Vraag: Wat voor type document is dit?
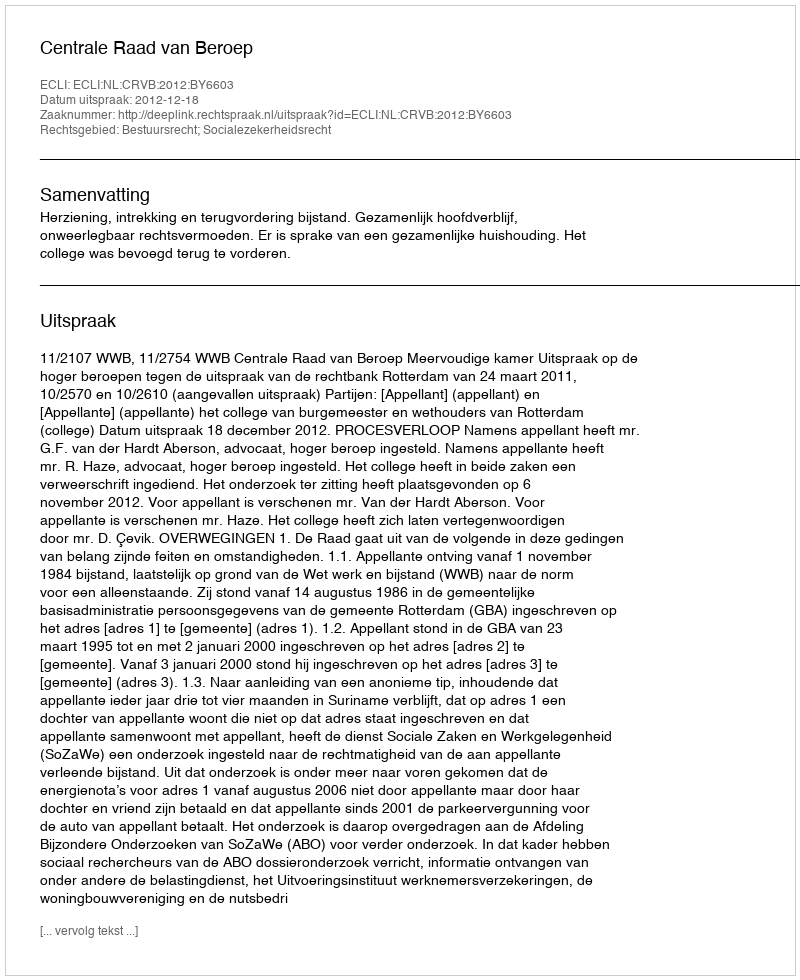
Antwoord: Uitspraak